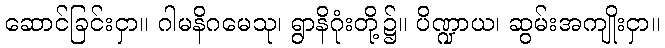
ဆောင်ခြင်းငှာ။ ဂါမနိဂမေသု၊ ရွာနိဂုံးတို့၌။ ပိဏ္ဍာယ၊ ဆွမ်းအကျိုးငှာ။